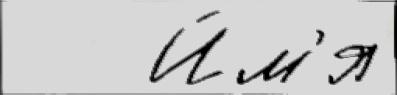
   И́м'я